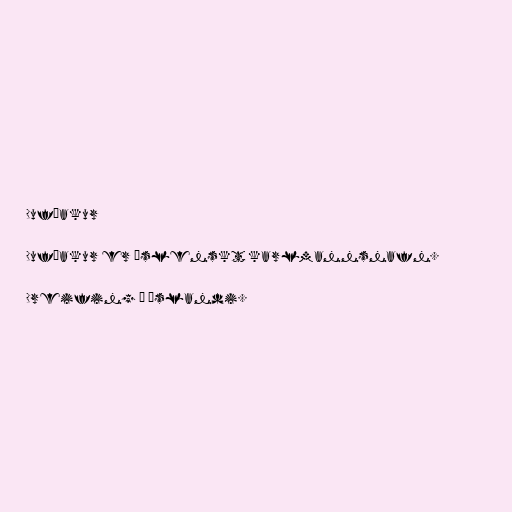
Dufþakur

Dufþakur er íslenskt karlmannsnafn.

Dreifing á Íslandi.